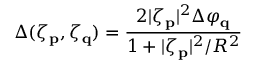
\Delta ( \zeta _ { \bf p } , \zeta _ { \bf q } ) = \frac { 2 | \zeta _ { \bf p } | ^ { 2 } \Delta \varphi _ { \bf q } } { 1 + | \zeta _ { \bf p } | ^ { 2 } / R ^ { 2 } }